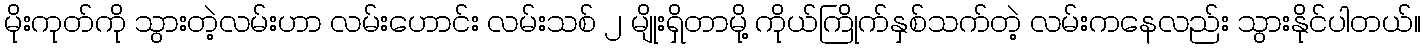
မိုးကုတ်ကို သွားတဲ့လမ်းဟာ လမ်းဟောင်း လမ်းသစ် ၂ မျိုးရှိတာမို့ ကိုယ်ကြိုက်နှစ်သက်တဲ့ လမ်းကနေလည်း သွားနိုင်ပါတယ်။